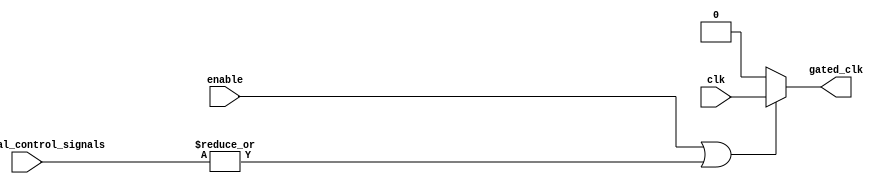
module clock_gating (
    input wire clk,                    // Main clock signal
    input wire enable,                 // Control signal to enable memory block
    input wire [N-1:0] additional_control_signals, // Additional control signals (N can be defined as needed)
    output wire gated_clk              // Gated clock signal for memory block
);

// Parameter to define the number of additional control signals
parameter N = 2; // Adjust as necessary for your design

// Internal signal to determine if the clock should be gated
wire or_output;

// OR gate logic to combine enable and additional control signals
assign or_output = enable | |additional_control_signals;

// Gated clock signal: when or_output is high, gated_clk is clk, otherwise it is 0
assign gated_clk = or_output ? clk : 1'b0;

endmodule